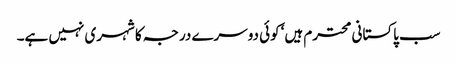
سب پاکستانی محترم ہیں‘ کوئی دوسرے درجہ کا شہری نہیں ہے۔